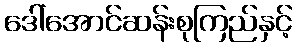
ဒေါ်အောင်ဆန်းစုကြည်နှင့်